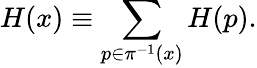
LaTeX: H(x)\equiv\sum_{p\in\pi^{-1}(x)}H(p).